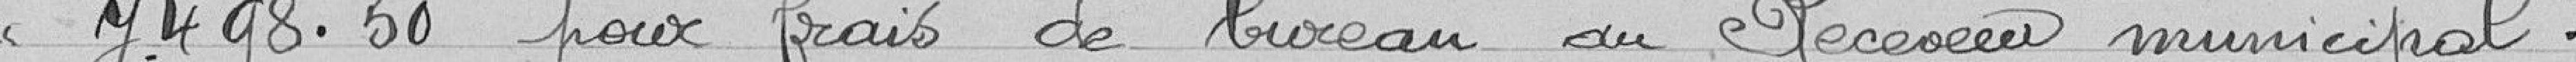
7.498.50 pour frais de bureau du Receveur municipal.